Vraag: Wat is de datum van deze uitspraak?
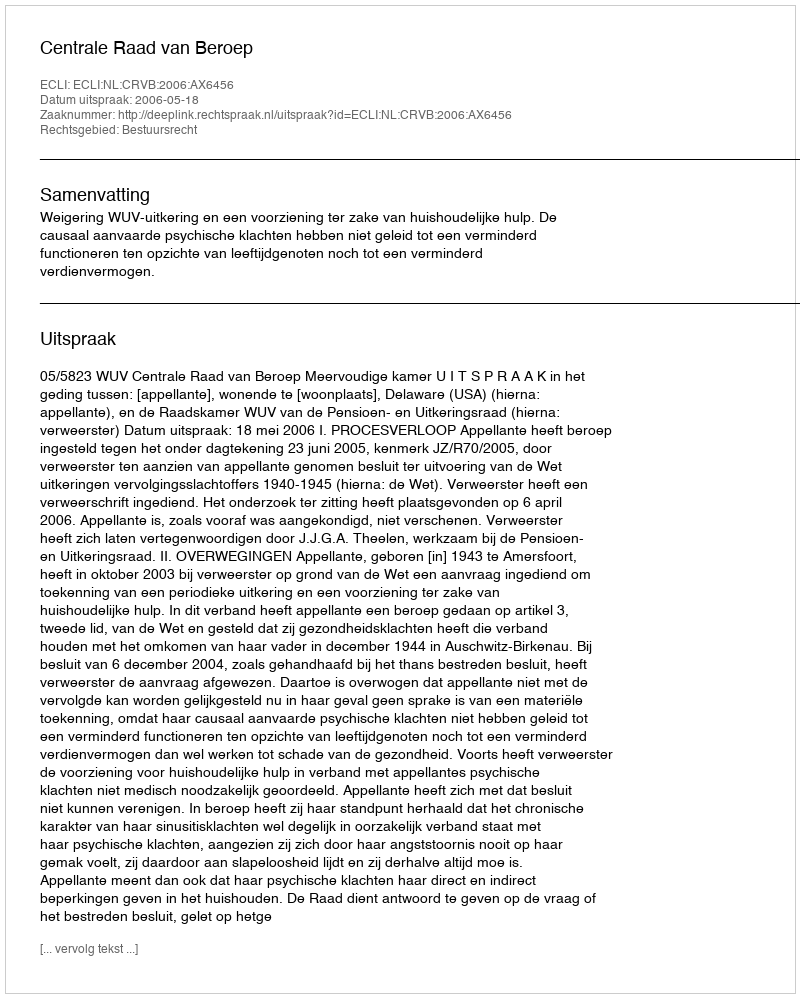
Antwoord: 2006-05-18